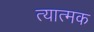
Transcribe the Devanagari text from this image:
त्यात्मक